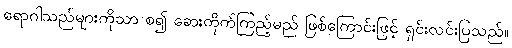
ရောဂါသည်များကိုသာ စ၍ ဆေးတိုက်ကြည့်မည် ဖြစ်ကြောင်းဖြင့် ရှင်းလင်းပြသည်။